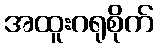
အထူးဂရုစိုက်